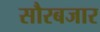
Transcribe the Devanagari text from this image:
सौरबजार